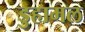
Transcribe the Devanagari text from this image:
डुहामल